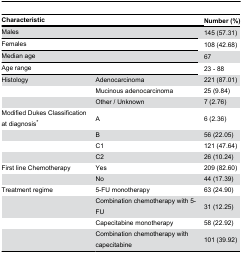
<table><thead><tr><td colspan="2"><b>Characteristic</b></td><td><b>Number (%)</b></td></tr></thead><tbody><tr><td colspan="2">Males</td><td>145 (57.31)</td></tr><tr><td colspan="2">Females</td><td>108 (42.68)</td></tr><tr><td colspan="2">Median age</td><td>67</td></tr><tr><td colspan="2">Age range</td><td>23 - 88</td></tr><tr><td>Histology</td><td>Adenocarcinoma</td><td>221 (87.01)</td></tr><tr><td></td><td>Mucinous adenocarcinoma</td><td>25 (9.84)</td></tr><tr><td></td><td>Other / Unknown</td><td>7 (2.76)</td></tr><tr><td>Modified Dukes Classification at diagnosis*</td><td>A</td><td>6 (2.36)</td></tr><tr><td></td><td>B</td><td>56 (22.05)</td></tr><tr><td></td><td>C1</td><td>121 (47.64)</td></tr><tr><td></td><td>C2</td><td>26 (10.24)</td></tr><tr><td>First line Chemotherapy</td><td>Yes</td><td>209 (82.60)</td></tr><tr><td></td><td>No</td><td>44 (17.39)</td></tr><tr><td>Treatment regime</td><td>5-FU monotherapy</td><td>63 (24.90)</td></tr><tr><td></td><td>Combination chemotherapy with 5-FU</td><td>31 (12.25)</td></tr><tr><td></td><td>Capecitabine monotherapy</td><td>58 (22.92)</td></tr><tr><td></td><td>Combination chemotherapy with capecitabine</td><td>101 (39.92)</td></tr></tbody></table>